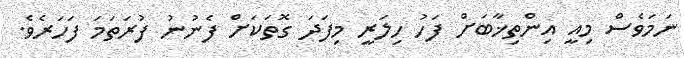
ނަމަވެސް މިއީ އިންތިޚާބަށް ފަހު ހިލަރީ މިފަދަ ގޮތަކަށް ފެނުނު ފުރަތަމަ ފަހަރެވެ.